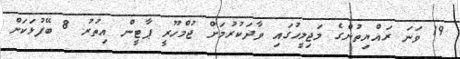
19 ވަނަ ރައްޔިތުންގެ މަޖިލީހުގައި ވާދަކުރުމަށް ޖުމްހޫރީ ޕާޓީން އިތުރު 8 ބޭފުޅަކަށް